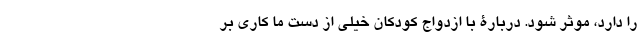
را دارد، موثر شود. دربارۀ با ازدواج کودکان خیلی از دست ما کاری بر